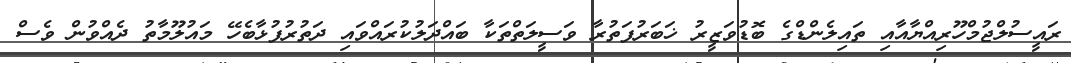
ރައީސުލްޖުމްހޫރިއްޔާއާއި ތައިލެންޑްގެ ބޮޑުވަޒީރު ޚަބަރުފަތުރާ ވަސީލަތްތަކާ ބައްދަލުކުރައްވައި ދަތުރުފުޅާބެހޭ މައުލޫމާތު ދެއްވުން ވެސް